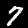
Digit: 7